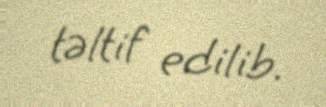
təltif edilib.